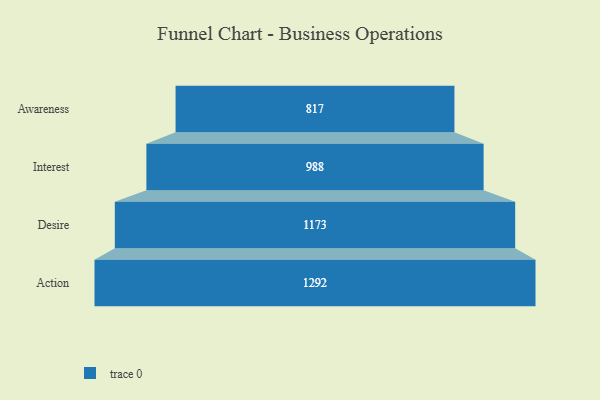
{"axis": {"x": "Stage", "y": "Value"}, "legend": [""], "data": [{"x": "Awareness", "y": 817.0, "type": ""}, {"x": "Interest", "y": 988.0, "type": ""}, {"x": "Desire", "y": 1173.0, "type": ""}, {"x": "Action", "y": 1292.0, "type": ""}]}